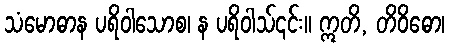
သံမောဓာန ပရိဝါသောစ၊ န ပရိဝါသ်၎င်း။ ဣတိ, တိဝိဓော၊